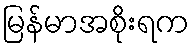
မြန်မာအစိုးရက